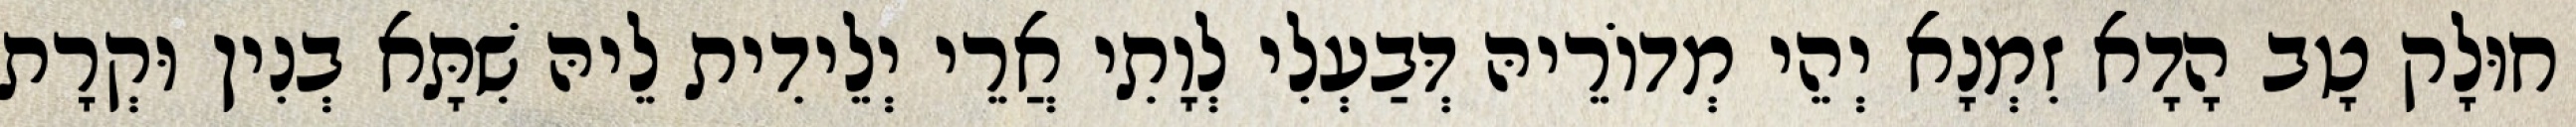
חוּלָק טָב הָדָא זִמְנָא יְהֵי מְדוֹרֵיהּ דְּבַעְלִי לְוָתִי אֲרֵי יְלֵידִית לֵיהּ שִׁתָּא בְנִין וּקְרָת